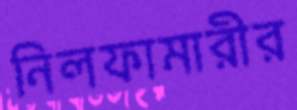
নিলফামারীর